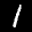
Label: 1